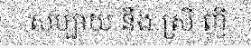
សប្បាយ នឹង ស្រី ញី